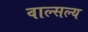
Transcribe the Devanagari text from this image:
वाल्सल्य